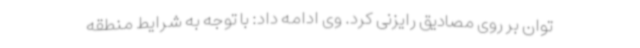
توان بر روی مصادیق رایزنی کرد. وی ادامه داد: با توجه به شرایط منطقه